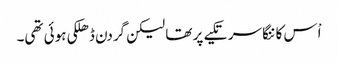
اْس کا ننگا سر تکیے پر تھا لیکن گردن ڈھلکی ہوئی تھی۔